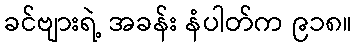
ခင်ဗျားရဲ့ အခန်း နံပါတ်က ၉၁၈။